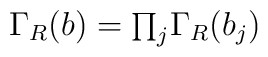
\Gamma_R(b)=\mbox{$\prod_j$}\Gamma_R(b_j)